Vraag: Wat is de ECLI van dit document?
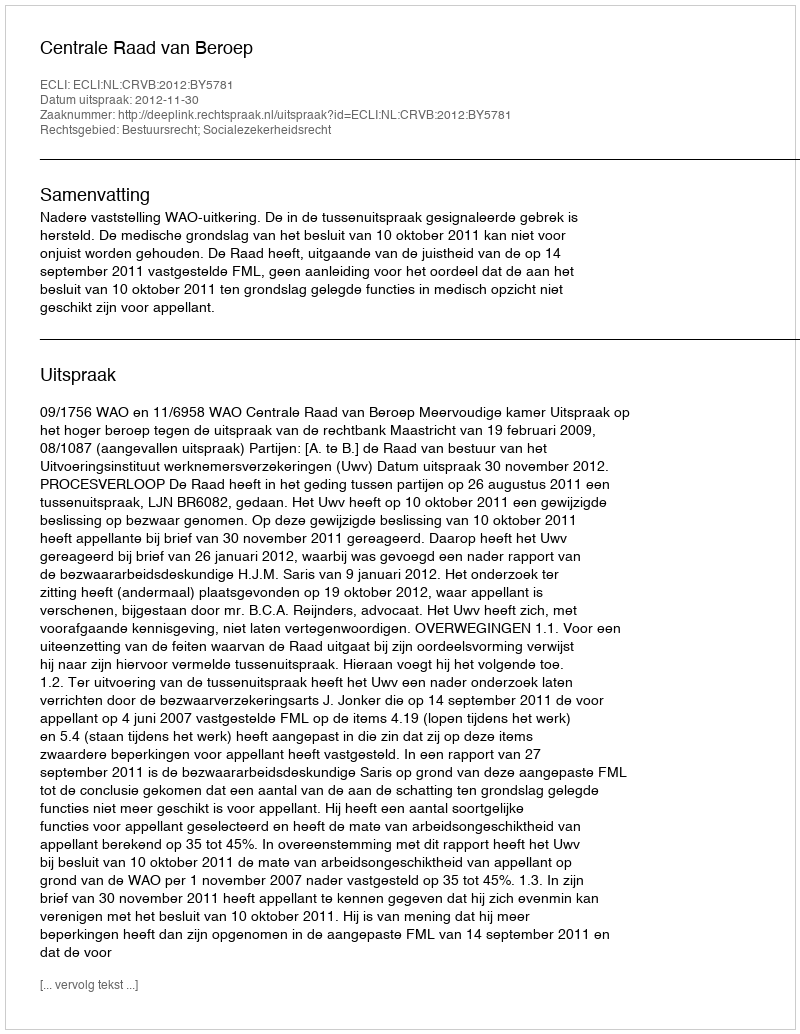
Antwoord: ECLI:NL:CRVB:2012:BY5781